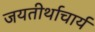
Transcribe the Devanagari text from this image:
जयतीर्थाचार्य